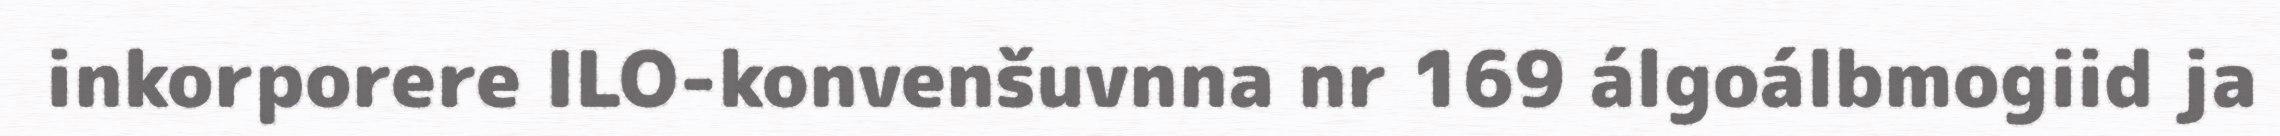
inkorporere ILO-konvenšuvnna nr 169 álgoálbmogiid ja